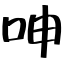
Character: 呻